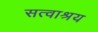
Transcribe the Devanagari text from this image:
सत्वाश्रय